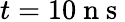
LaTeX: t=10\mathrm{~n~s~}